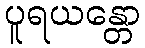
ပူရယန္တော